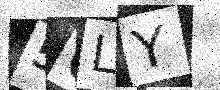
Text: 5QLY